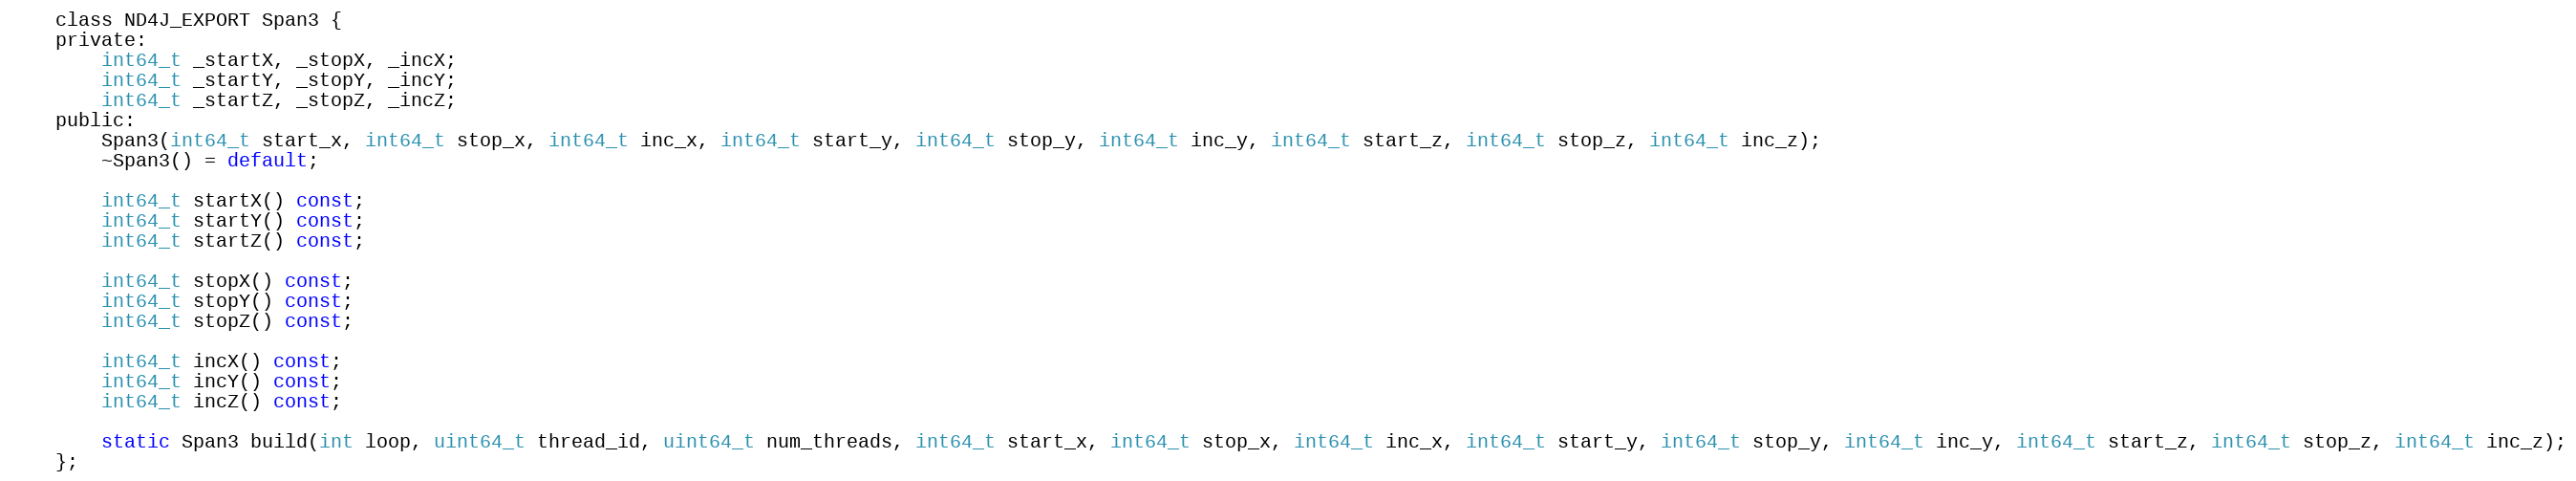
Language: C
    class ND4J_EXPORT Span3 {
    private:
        int64_t _startX, _stopX, _incX;
        int64_t _startY, _stopY, _incY;
        int64_t _startZ, _stopZ, _incZ;
    public:
        Span3(int64_t start_x, int64_t stop_x, int64_t inc_x, int64_t start_y, int64_t stop_y, int64_t inc_y, int64_t start_z, int64_t stop_z, int64_t inc_z);
        ~Span3() = default;

        int64_t startX() const;
        int64_t startY() const;
        int64_t startZ() const;

        int64_t stopX() const;
        int64_t stopY() const;
        int64_t stopZ() const;

        int64_t incX() const;
        int64_t incY() const;
        int64_t incZ() const;

        static Span3 build(int loop, uint64_t thread_id, uint64_t num_threads, int64_t start_x, int64_t stop_x, int64_t inc_x, int64_t start_y, int64_t stop_y, int64_t inc_y, int64_t start_z, int64_t stop_z, int64_t inc_z);
    };